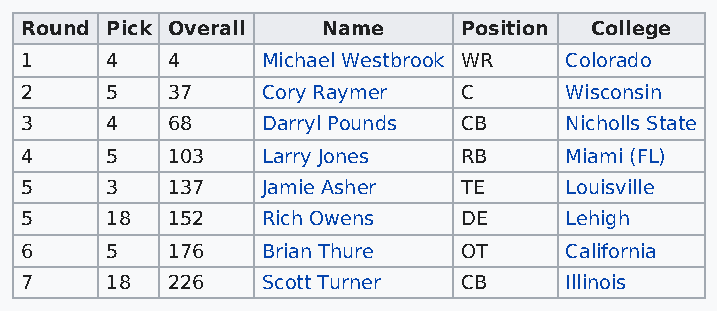
Round Pick Overall  Name      Position College
 1     4   4     Michael Westbrook WR Colorado
 2     5   37    Cory Raymer   C     Wisconsin
 3     4   68    Darryl Pounds CB    Nicholls State
 4     5   103   Larry Jones   RB    Miami (FL)
 5     3   137   Jamie Asher   TE    Louisville
 5     18  152   Rich Owens    DE    Lehigh
 6     5   176   Brian Thure   OT    California
 7     18  226   Scott Turner  CB    Illinois